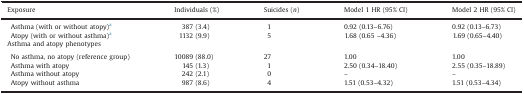
<table><thead><tr><td><b>Exposure</b></td><td><b>Individuals (%)</b></td><td><b>Suicides (<i>n</i>)</b></td><td><b>Model 1 HR (95% CI)</b></td><td><b>Model 2 HR (95% CI)</b></td></tr></thead><tbody><tr><td>Asthma (with or without atopy)a</td><td>387 (3.4)</td><td>1</td><td>0.92 (0.13–6.76)</td><td>0.92 (0.13–6.73)</td></tr><tr><td>Atopy (with or without asthma)a</td><td>1132 (9.9)</td><td>5</td><td>1.68 (0.65 –4.36)</td><td>1.69 (0.65–4.40)</td></tr><tr><td colspan="5">Asthma and atopy phenotypes</td></tr><tr><td colspan="5">  </td></tr><tr><td>No asthma, no atopy (reference group)</td><td>10089 (88.0)</td><td>27</td><td>1.00</td><td>1.00</td></tr><tr><td>Asthma with atopy</td><td>145 (1.3)</td><td>1</td><td>2.50 (0.34–18.40)</td><td>2.55 (0.35–18.89)</td></tr><tr><td>Asthma without atopy</td><td>242 (2.1)</td><td>0</td><td>–</td><td>–</td></tr><tr><td>Atopy without asthma</td><td>987 (8.6)</td><td>4</td><td>1.51 (0.53–4.32)</td><td>1.51 (0.53–4.34)</td></tr></tbody></table>